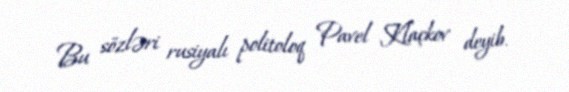
Bu sözləri rusiyalı politoloq Pavel Klaçkov deyib.